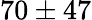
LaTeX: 70\pm 47